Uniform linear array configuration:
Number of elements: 24
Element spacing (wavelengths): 0.25
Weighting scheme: hamming
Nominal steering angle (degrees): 15
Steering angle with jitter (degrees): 16.221
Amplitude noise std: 0.05
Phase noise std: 0.05

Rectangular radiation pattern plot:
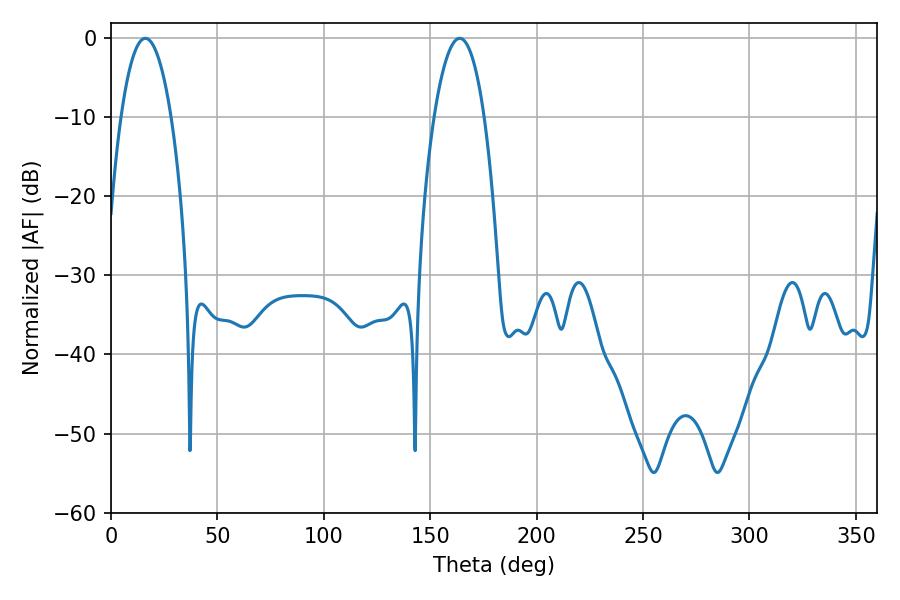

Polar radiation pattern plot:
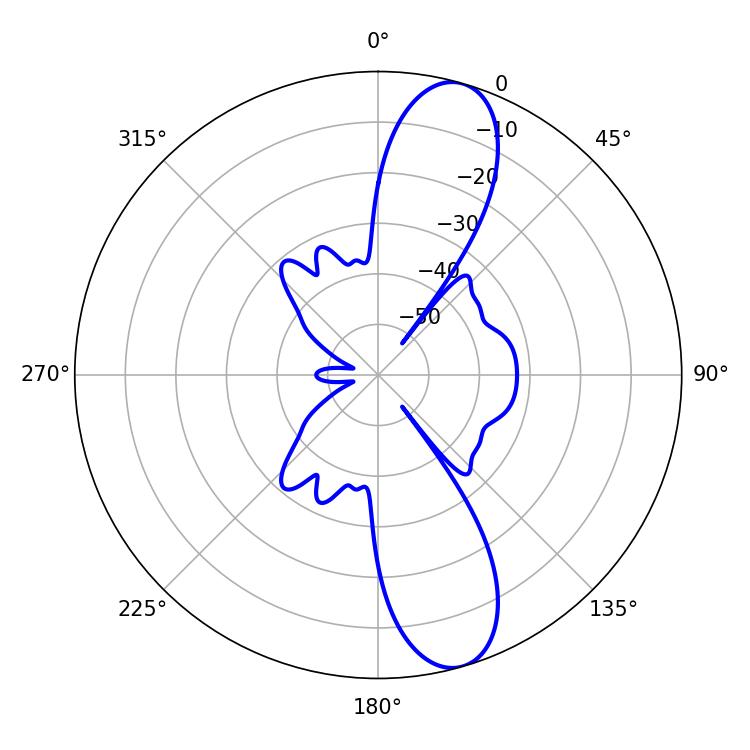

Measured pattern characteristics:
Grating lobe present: FALSE
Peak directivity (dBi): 11.662
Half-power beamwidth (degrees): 13.14
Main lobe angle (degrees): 16.2